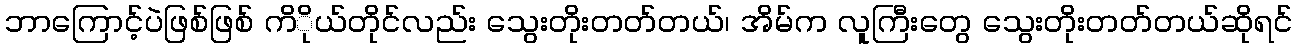
ဘာကြောင့်ပဲဖြစ်ဖြစ် ကိိုယ်တိုင်လည်း သွေးတိုးတတ်တယ်၊ အိမ်က လူကြီးတွေ သွေးတိုးတတ်တယ်ဆိုရင်